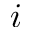
i